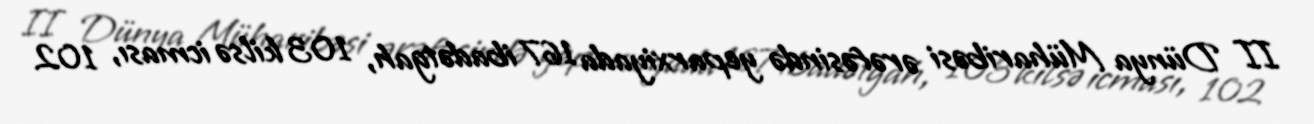
II Dünya Müharibəsi ərəfəsində yeparxiyada 167 ibadətgah, 103 kilsə icması, 102